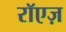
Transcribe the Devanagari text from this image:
रॉएज़